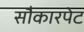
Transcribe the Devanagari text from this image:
सौकारपेट